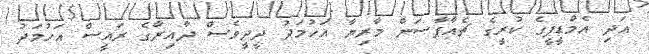
އަދި އެމްޑީޕީގެ ކުރީގެ ޗެއާޕާސަން މާރިޔާ އަހުމަދު ދީދީވެސް ދާއިރާގެ ރައީސް އަހުމަދު